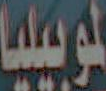
لموبيليا